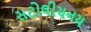
સટોલીચનય